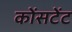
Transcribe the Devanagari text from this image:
कोंसटेंट